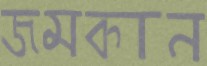
জমকান